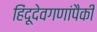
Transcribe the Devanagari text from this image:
हिंदूदेवगणांपैकी